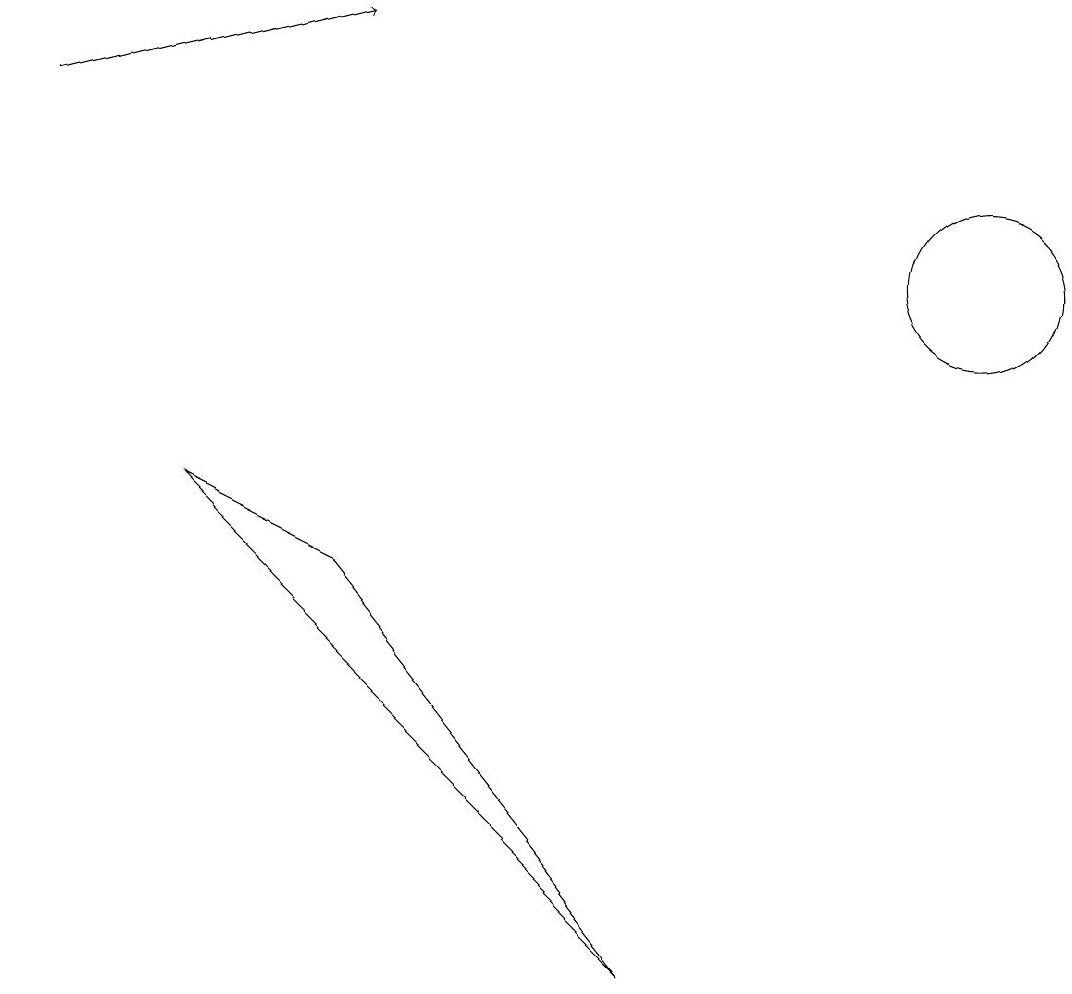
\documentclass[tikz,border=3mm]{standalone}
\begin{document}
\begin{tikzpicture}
\draw (4,8) -- (8,3) -- (2,9) -- cycle;
\draw[->] (0,14) -- (4,15);
\draw (12,12) circle (1);
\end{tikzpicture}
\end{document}